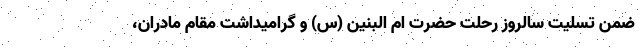
ضمن تسلیت سالروز رحلت حضرت ام البنین (س) و گرامیداشت مقام مادران،